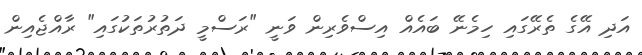
އަދި އޭގެ ތެރޭގައި ހިމެނޭ ބައެއް އިސްވެރިން ވަނީ "ރަސްމީ ދަތުރުތަކުގައި" ރާއްޖެއިން